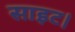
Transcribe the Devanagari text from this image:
साइट।